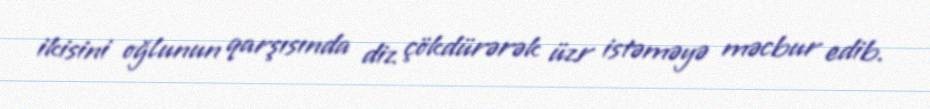
ikisini oğlunun qarşısında diz çökdürərək üzr istəməyə məcbur edib.